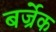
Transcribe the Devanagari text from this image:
बर्ज्रेक